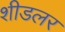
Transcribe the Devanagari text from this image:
शीडलर